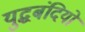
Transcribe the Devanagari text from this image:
युद्धबंदियो